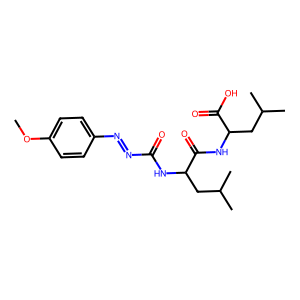
SMILES: COc1ccc(N=NC(=O)NC(CC(C)C)C(=O)NC(CC(C)C)C(=O)O)cc1
Inhibits HIV replication: No